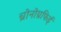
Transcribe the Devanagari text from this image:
च्रोनोग्रफिई